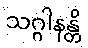
သဂ္ဂါနန္တိ